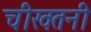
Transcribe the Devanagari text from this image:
चीखतनी